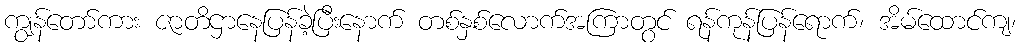
ကျွန်တော်ကား ဇာတိဌာနေပြန်ခဲ့ပြီးနောက် တစ်နှစ်လောက်အကြာတွင် ရန်ကုန်ပြန်ရောက်၊ အိမ်ထောင်ကျ၊